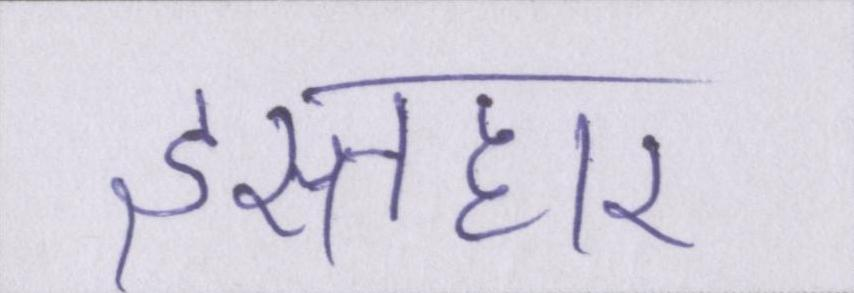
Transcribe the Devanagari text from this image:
इस्तहार